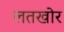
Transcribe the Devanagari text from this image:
लतखोर